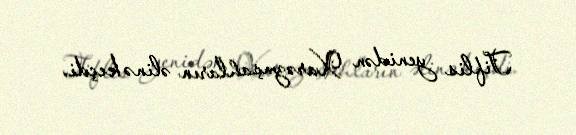
Tiflis yenidən Xarəzmşahların əlinə keçdi.